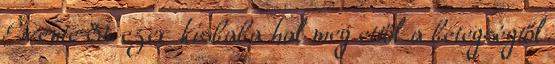
Évente 34 ezer kisbaba hal meg ettől a betegségtől